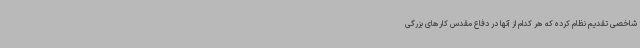
شاخصی تقدیم نظام کرده که هر کدام از آنها در دفاع مقدس کارهای بزرگی